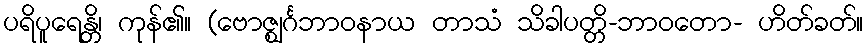
ပရိပူရေန္တိ၊ ကုန်၏။ (ဗောဇ္ဈင်္ဂဘာဝနာယ တာသံ သိခါပတ္တိ-ဘာဝတော- ဟိတ်ခတ်။